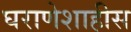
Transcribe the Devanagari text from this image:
घराणेशाहीस